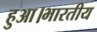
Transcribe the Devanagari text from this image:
हुआ।भारतीय